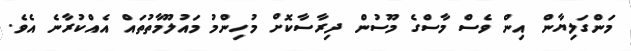
މަންގަލިޔާން އިން ވެސް މާސްގެ މޫސުން ދިރާސާކޮށް މުހިންމު މައުލޫމާތުތައް އެއްކުރާނެ އެވެ.